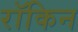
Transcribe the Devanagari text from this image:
रॉकिन